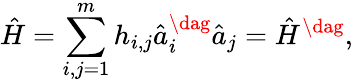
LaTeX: \hat{H}=\sum_{i,j=1}^{m}h_{i,j}\hat{a}_{i}^{\dag}\hat{a}_{j}=\hat{H}^{\dag},